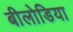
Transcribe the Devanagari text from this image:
बीलोडिया